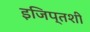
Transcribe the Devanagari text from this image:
इजिप्तशी